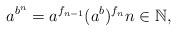
LaTeX: \begin{align*} a^{b^n} = a^{f_{n-1}}(a^b)^{f_n} n \in \mathbb{N}, \end{align*}